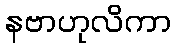
နဗာဟုလိကာ